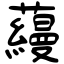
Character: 蘰